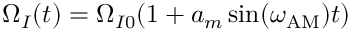
\Omega _ { I } ( t ) = \Omega _ { I 0 } ( 1 + a _ { m } \sin ( \omega _ { \mathrm { A M } } ) t )